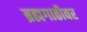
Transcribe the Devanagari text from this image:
ब्रह्मगाठीवर